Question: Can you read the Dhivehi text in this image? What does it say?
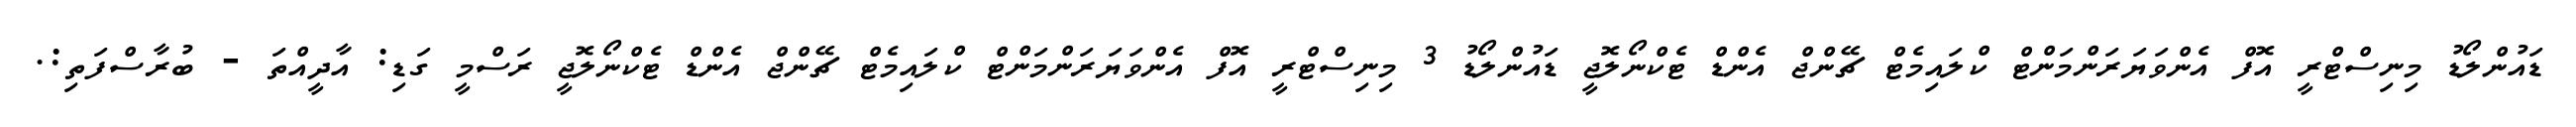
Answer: ޑައުންލޯޑު މިނިސްޓްރީ އޮފް އެންވަޔަރަންމަންޓް ކްލައިމެޓް ޗޭންޖް އެންޑް ޓެކްނޯލޮޖީ ޑައުންލޯޑު 3 މިނިސްޓްރީ އޮފް އެންވަޔަރަންމަންޓް ކްލައިމެޓް ޗޭންޖް އެންޑް ޓެކްނޯލޮޖީ ރަސްމީ ގަޑި: އާދީއްތަ - ބުރާސްފަތި:.